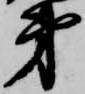
弟